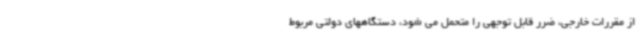
از مقررات خارجی، ضرر قابل توجهی را متحمل می شود، دستگاههای دولتی مربوط